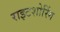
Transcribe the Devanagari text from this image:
राइटशोरिंग